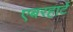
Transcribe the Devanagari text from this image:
एबरहार्ट